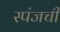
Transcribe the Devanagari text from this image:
स्पंजची